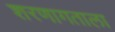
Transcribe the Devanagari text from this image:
शरणागताला